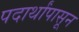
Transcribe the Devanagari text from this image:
पदार्थांपासून